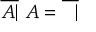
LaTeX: { \overline { { A | } } } \ A = { \overline { { \ \ | } } }